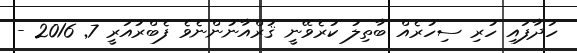
ހަދާފައި ހުރި ސިހުރެއް ބާތިލު ކުރެވޭނީ ޤުރްއާނުންނެވެ ފެބްރުއަރީ 7